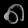
Digit: ၈